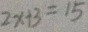
2 x + 3 = 1 5